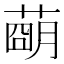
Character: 𦹩